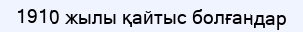
1910 жылы қайтыс болғандар